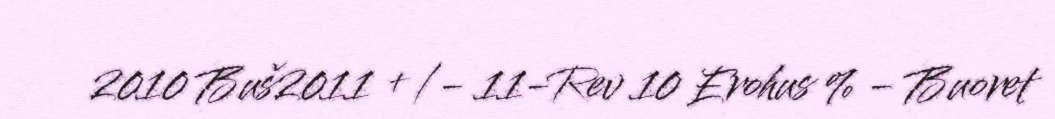
2010 Buš2011 +/- 11-Rev 10 Erohus % - Buoret